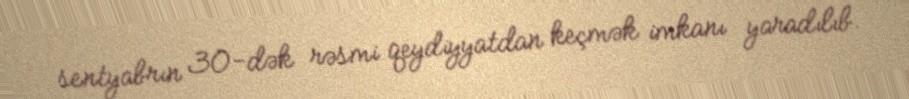
sentyabrın 30-dək rəsmi qeydiyyatdan keçmək imkanı yaradılıb.